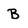
Character: B